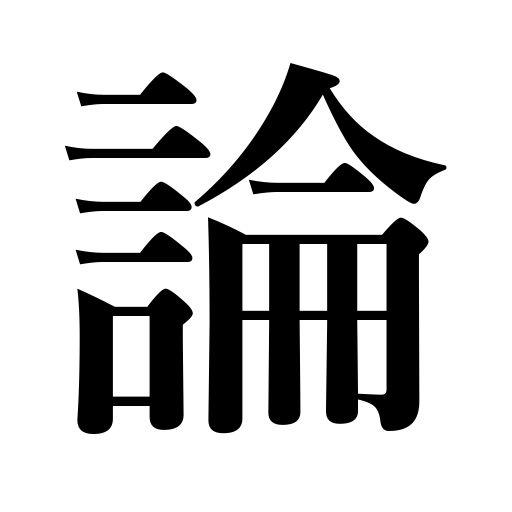
Meanings: argument,discourse